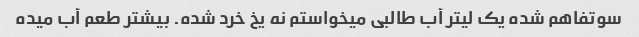
سوتفاهم شده یک لیتر آب طالبی میخواستم نه یخ خرد شده. بیشتر طعم آب میده